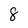
Character: 8